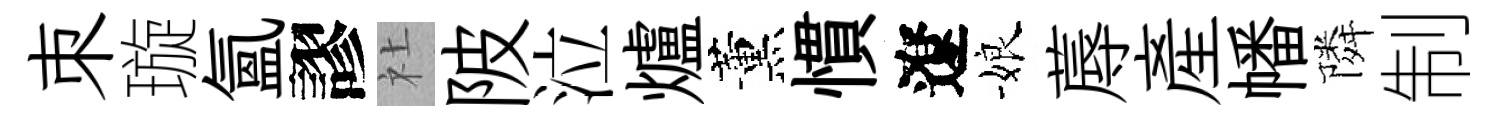
朿璇氳謬社陂泣爐薰慣遼娘蓐産幡隣制